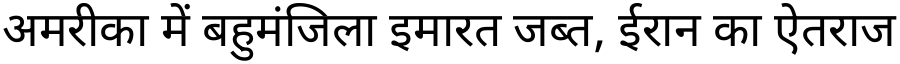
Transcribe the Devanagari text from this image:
अमरीका में बहुमंजिला इमारत जब्त, ईरान का ऐतराज